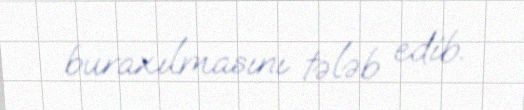
buraxılmasını tələb edib.